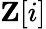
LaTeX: \mathbf{Z}[i]